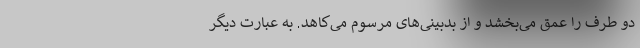
دو طرف را عمق می‌بخشد و از بدبینی‌های مرسوم می‌کاهد. به عبارت دیگر